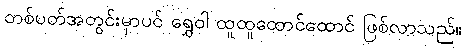
တစ်ပတ်အတွင်းမှာပင် ရွှေဝါ ထူထူထောင်ထောင် ဖြစ်လာသည်။